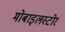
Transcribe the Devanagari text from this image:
मोबाइलस्टोर